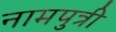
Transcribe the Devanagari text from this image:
नामपुत्री